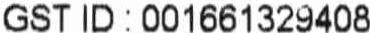
GST ID : 001661329408